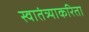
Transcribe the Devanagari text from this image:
स्वातंत्र्याकरिता